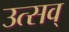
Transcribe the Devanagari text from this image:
उत्सव्